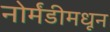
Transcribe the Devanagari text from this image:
नोर्मंडीमधून